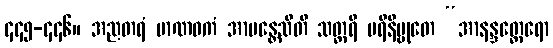
၄၄၅-၄၄၆။ အညတရံ မာဏဝကံ အာမန္တေသီတိ သတ္ထရိ ပရိနိဗ္ဗုတေ “အာနန္ဒတ္ထေရော